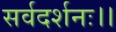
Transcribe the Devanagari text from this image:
सर्वदर्शनः।।